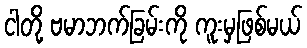
ငါတို့ ဗမာဘက်ခြမ်းကို ကူးမှဖြစ်မယ်